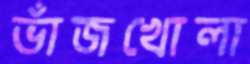
ভাঁজখোলা